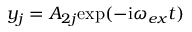
y _ { j } = A _ { 2 j } \mathrm { e x p } ( - \mathrm { i } \omega _ { e x } t )